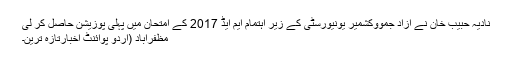
نادیہ حبیب خان نے آزاد جمووکشمیر یونیورسٹی کے زیر اہتمام ایم ایڈ 2017 کے امتحان میں پہلی پوزیشن حاصل کر لی
مظفرآباد (اُردو پوائنٹ اخبارتازہ ترین۔